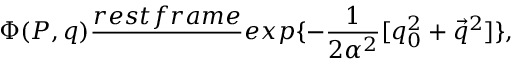
\Phi ( P , q ) \frac { r e s t f r a m e } { ~ ~ } e x p \{ - \frac { 1 } { 2 \alpha ^ { 2 } } [ q _ { 0 } ^ { 2 } + \vec { q } ^ { 2 } ] \} ,